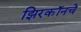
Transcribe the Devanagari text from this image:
झिरकॉनचे